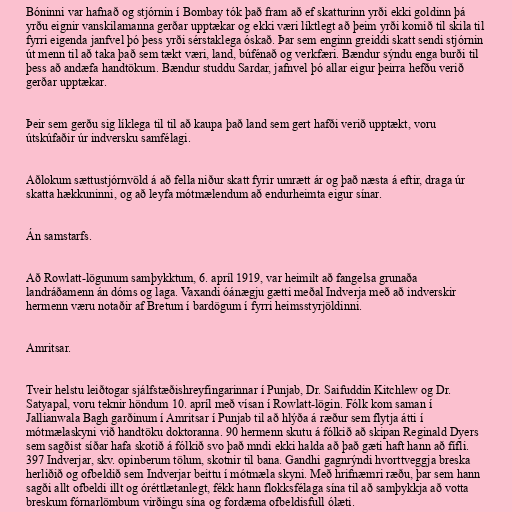
Bóninni var hafnað og stjórnin í Bombay tók það fram að ef skatturinn yrði ekki goldinn þá
yrðu eignir vanskilamanna gerðar upptækar og ekki væri líktlegt að þeim yrði komið til skila til
fyrri eigenda janfvel þó þess yrði sérstaklega óskað. Þar sem enginn greiddi skatt sendi stjórnin
út menn til að taka það sem tækt væri, land, búfénað og verkfæri. Bændur sýndu enga burði til
þess að andæfa handtökum. Bændur studdu Sardar, jafnvel þó allar eigur þeirra hefðu verið
gerðar upptækar.

Þeir sem gerðu sig líklega til til að kaupa það land sem gert hafði verið upptækt, voru
útskúfaðir úr indversku samfélagi.

Aðlokum sættustjórnvöld á að fella niður skatt fyrir umrætt ár og það næsta á eftir, draga úr
skatta hækkuninni, og að leyfa mótmælendum að endurheimta eigur sínar.

Án samstarfs.

Að Rowlatt-lögunum samþykktum, 6. apríl 1919, var heimilt að fangelsa grunaða
landráðamenn án dóms og laga. Vaxandi óánægju gætti meðal Indverja með að indverskir
hermenn væru notaðir af Bretum í bardögum í fyrri heimsstyrjöldinni.

Amritsar.

Tveir helstu leiðtogar sjálfstæðishreyfingarinnar í Punjab, Dr. Saifuddin Kitchlew og Dr.
Satyapal, voru teknir höndum 10. apríl með vísan í Rowlatt-lögin. Fólk kom saman í
Jallianwala Bagh garðinum í Amritsar í Punjab til að hlýða á ræður sem flytja átti í
mótmælaskyni við handtöku doktoranna. 90 hermenn skutu á fólkið að skipan Reginald Dyers
sem sagðist síðar hafa skotið á fólkið svo það mndi ekki halda að það gæti haft hann að fífli.
397 Indverjar, skv. opinberum tölum, skotnir til bana. Gandhi gagnrýndi hvorttveggja breska
herliðið og ofbeldið sem Indverjar beittu í mótmæla skyni. Með hrifnæmri ræðu, þar sem hann
sagði allt ofbeldi illt og óréttlætanlegt, fékk hann flokksfélaga sína til að samþykkja að votta
breskum fórnarlömbum virðingu sína og fordæma ofbeldisfull ólæti.